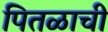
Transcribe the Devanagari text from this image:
पितळाची